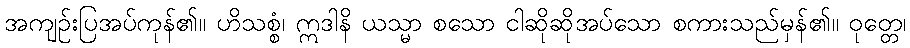
အကျဉ်းပြအပ်ကုန်၏။ ဟိသစ္စံ၊ ဣဒါနိ ယသ္မာ စသော ငါဆိုဆိုအပ်သော စကားသည်မှန်၏။ ဝုတ္တေ၊